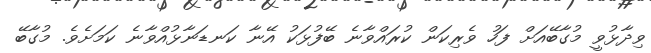
ވިދާޅުވީ މުގާބޭއަށް ފަހު ވެރިކަން ކުރައްވާނެ ބޭފުޅަކު އޭނާ ކަނޑަނާޅުއްވާނެ ކަމަށެވެ. މުގާބޭ